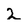
Character: 2